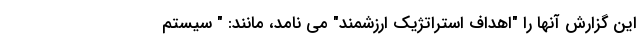
این گزارش آنها را "اهداف استراتژیك ارزشمند" می نامد، مانند: " سیستم